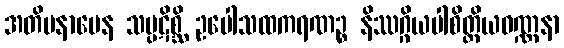
အတိမနာပေန သမ္ပဋိစ္ဆိ ဥပေါသထကရဏဉ္စ နိဿဂ္ဂိယပါစိတ္တိယဝဏ္ဏနာ